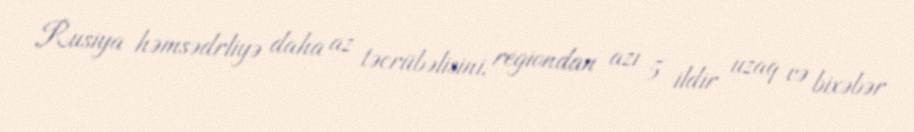
Rusiya həmsədrliyə daha az təcrübəlisini, regiondan azı 5 ildir uzaq və bixəbər